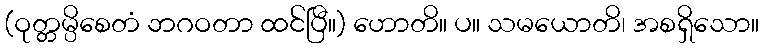
(ဝုတ္တမ္ပိစေတံ ဘဂဝတာ ထင်ပြီ။) ဟောတိ။ ပ။ သမယောတိ၊ အစရှိသော။